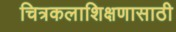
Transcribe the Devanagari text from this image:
चित्रकलाशिक्षणासाठी